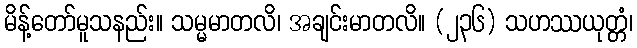
မိန့်တော်မူသနည်း။ သမ္မမာတလိ၊ အချင်းမာတလိ။ (၂၃၆) သဟဿယုတ္တံ၊